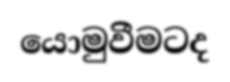
යොමුවීමටද